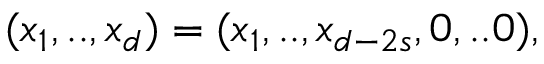
( x _ { 1 } , . . , x _ { d } ) = ( x _ { 1 } , . . , x _ { d - 2 s } , 0 , . . 0 ) ,